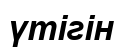
үтігін